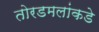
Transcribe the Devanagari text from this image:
तोरडमलांकडे